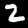
Digit: 2